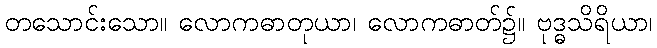
တသောင်းသော။ လောကဓာတုယာ၊ လောကဓာတ်၌။ ဗုဒ္ဓသိရိယာ၊